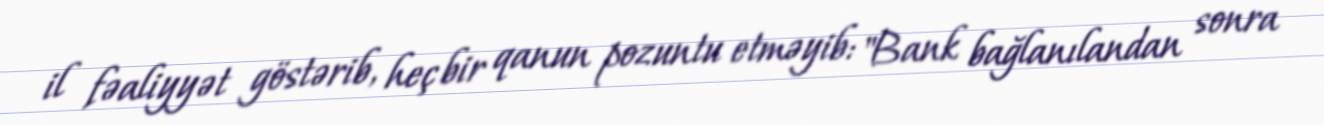
il fəaliyyət göstərib, heç bir qanun pozuntu etməyib: "Bank bağlanılandan sonra